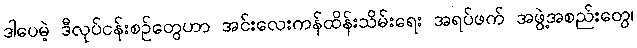
ဒါပေမဲ့ ဒီလုပ်ငန်းစဉ်တွေဟာ အင်းလေးကန်ထိန်းသိမ်းရေး အရပ်ဖက် အဖွဲ့အစည်းတွေ၊